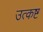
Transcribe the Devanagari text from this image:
उत्कष्ट